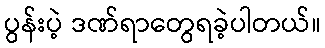
ပွန်းပဲ့ ဒဏ်ရာတွေရခဲ့ပါတယ်။